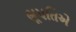
ભૂપતિએ